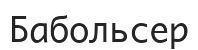
Бабольсер